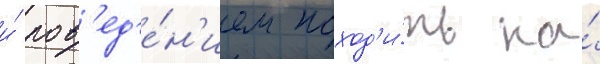
и́ пов'ед'е́н'ием поход'и́ть на́